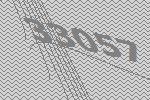
33057